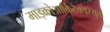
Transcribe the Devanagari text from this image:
माइक्रोआर्किटेक्चरयुक्त